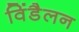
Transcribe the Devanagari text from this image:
विंडैलन